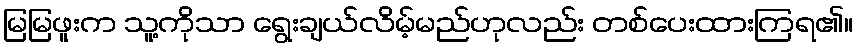
မြမြဖူးက သူ့ကိုသာ ရွေးချယ်လိမ့်မည်ဟုလည်း တစ်ပေးထားကြရ၏။